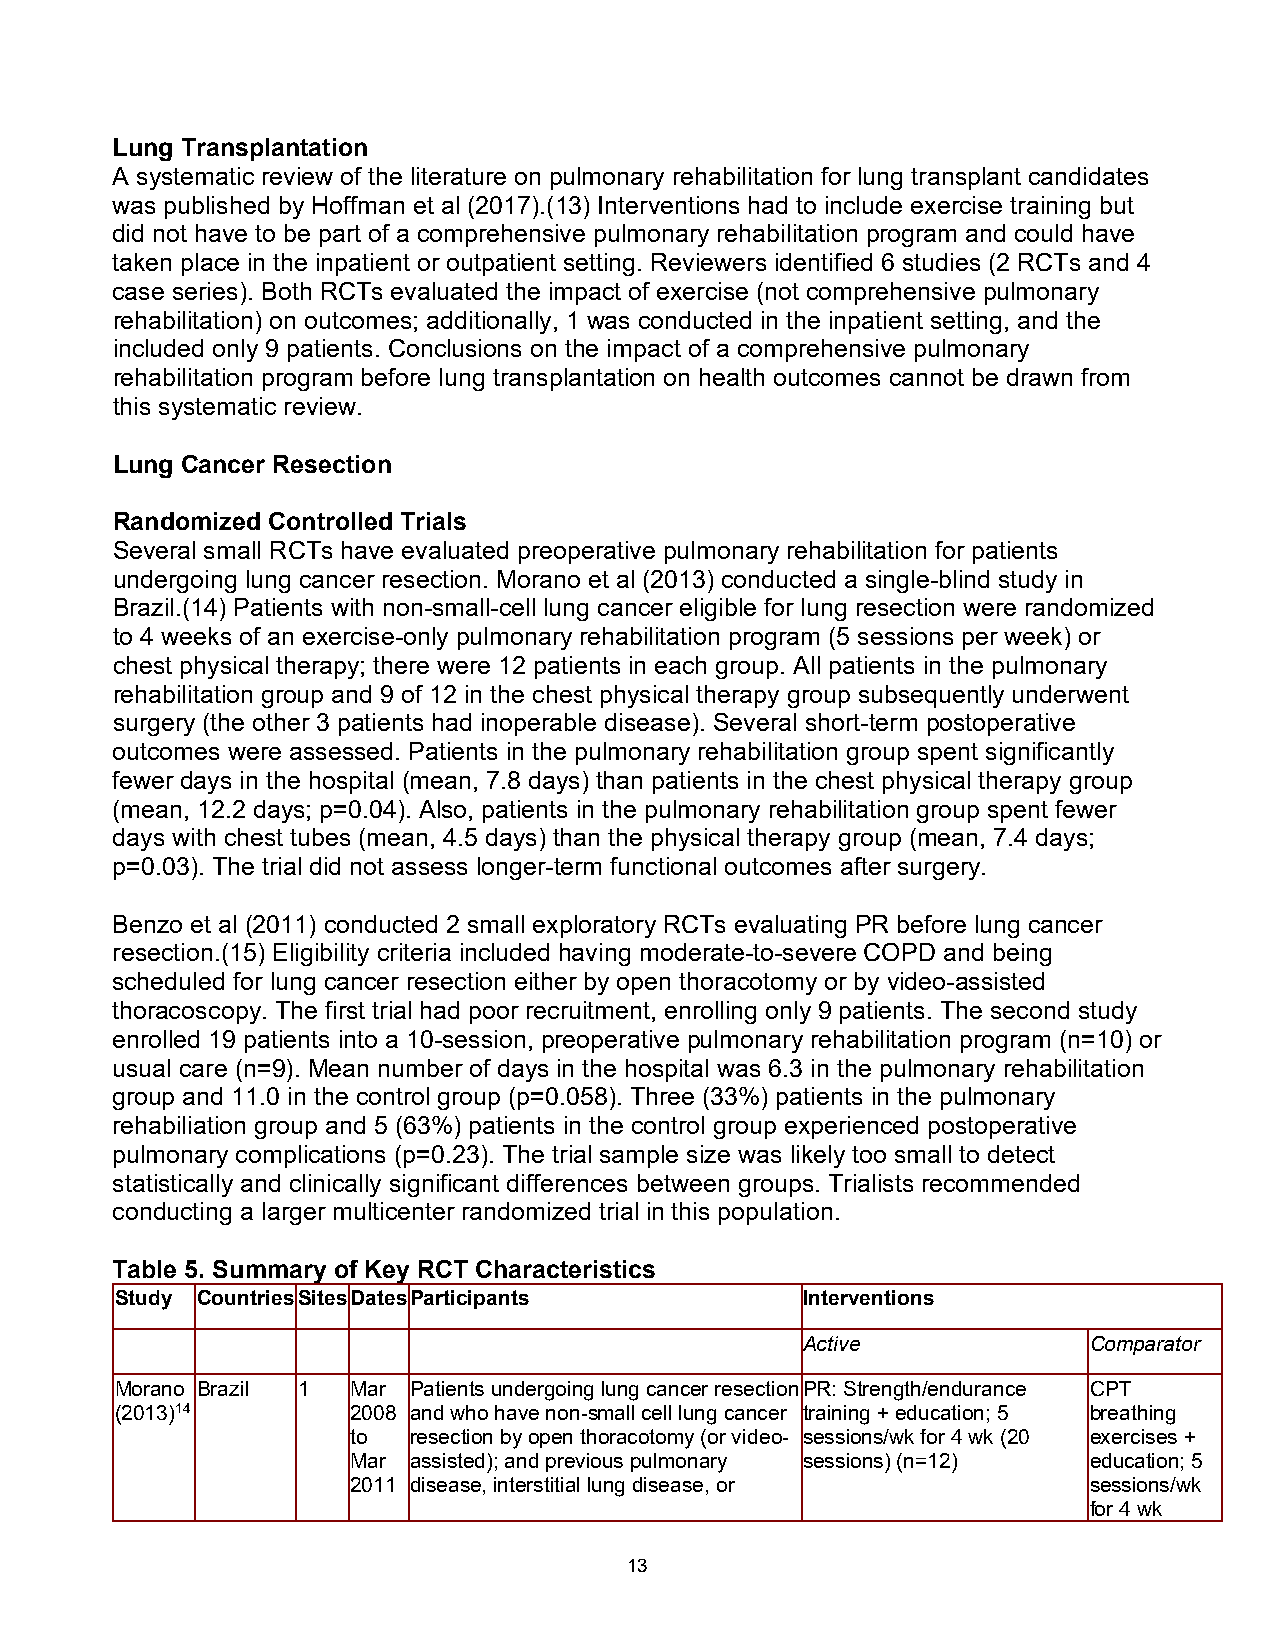
Lung Transplantation
 A systematic review of the literature on pulmonary rehabilitation for lung transplant candidates
 was published by Hoffman et al (2017).(13) Interventions had to include exercise training but
 did not have to be part of a comprehensive pulmonary rehabilitation program and could have
 taken place in the inpatient or outpatient setting. Reviewers identified 6 studies (2 RCTs and 4
 case series). Both RCTs evaluated the impact of exercise (not comprehensive pulmonary
 rehabilitation) on outcomes; additionally, 1 was conducted in the inpatient setting, and the
 included only 9 patients. Conclusions on the impact of a comprehensive pulmonary
 rehabilitation program before lung transplantation on health outcomes cannot be drawn from
 this systematic review.
 Lung Cancer Resection
 Randomized Controlled Trials
 Several small RCTs have evaluated preoperative pulmonary rehabilitation for patients
 undergoing lung cancer resection. Morano et al (2013) conducted a single-blind study in
 Brazil.(14) Patients with non-small-cell lung cancer eligible for lung resection were randomized
 to 4 weeks of an exercise-only pulmonary rehabilitation program (5 sessions per week) or
 chest physical therapy; there were 12 patients in each group. All patients in the pulmonary
 rehabilitation group and 9 of 12 in the chest physical therapy group subsequently underwent
 surgery (the other 3 patients had inoperable disease). Several short-term postoperative
 outcomes were assessed. Patients in the pulmonary rehabilitation group spent significantly
 fewer days in the hospital (mean, 7.8 days) than patients in the chest physical therapy group
 (mean, 12.2 days; p=0.04). Also, patients in the pulmonary rehabilitation group spent fewer
 days with chest tubes (mean, 4.5 days) than the physical therapy group (mean, 7.4 days;
 p=0.03). The trial did not assess longer-term functional outcomes after surgery.
 Benzo et al (2011) conducted 2 small exploratory RCTs evaluating PR before lung cancer
 resection.(15) Eligibility criteria included having moderate-to-severe COPD and being
 scheduled for lung cancer resection either by open thoracotomy or by video-assisted
 thoracoscopy. The first trial had poor recruitment, enrolling only 9 patients. The second study
 enrolled 19 patients into a 10-session, preoperative pulmonary rehabilitation program (n=10) or
 usual care (n=9). Mean number of days in the hospital was 6.3 in the pulmonary rehabilitation
 group and 11.0 in the control group (p=0.058). Three (33%) patients in the pulmonary
 rehabiliation group and 5 (63%) patients in the control group experienced postoperative
 pulmonary complications (p=0.23). The trial sample size was likely too small to detect
 statistically and clinically significant differences between groups. Trialists recommended
 conducting a larger multicenter randomized trial in this population.
 Table 5. Summary of Key RCT Characteristics
 Study Countries Sites Dates Participants     Interventions
 Active             Comparator
 Morano Brazil 1 Mar Patients undergoing lung cancer resection PR: Strength/endurance CPT
 (2013)14       2008 and who have non-small cell lung cancer training + education; 5 breathing
 to  resection by open thoracotomy (or video- sessions/wk for 4 wk (20 exercises +
 Mar assisted); and previous pulmonary sessions) (n=12) education; 5
 2011 disease, interstitial lung disease, or      sessions/wk
 for 4 wk
 13